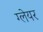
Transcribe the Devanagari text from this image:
ग्‍लेयर